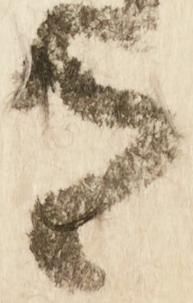
有